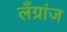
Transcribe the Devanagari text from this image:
लँग्रांज